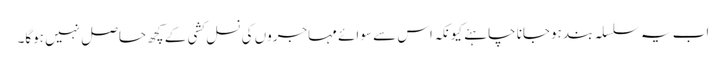
اب یہ سلسلہ بند ہوجانا چاہئے کیونکہ اس سے سوائے مہاجروں کی نسل کشی کے کچھ حاصل نہیں ہوگا۔